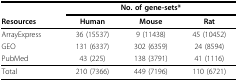
|  | <COLSPAN=3> No. of gene-sets* |
 | Resources | Human | Mouse | Rat |
 | --- | --- | --- | --- |
 | ArrayExpress | 36 (15537) | 9 (11438) | 45 (10452) |
 | GEO | 131 (6337) | 302 (6359) | 24 (8594) |
 | PubMed | 43 (225) | 138 (3791) | 41 (1116) |
 | Total | 210 (7366) | 449 (7196) | 110 (6721) |